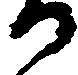
か